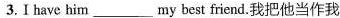
3.I have him__my best friend.我把他当作我